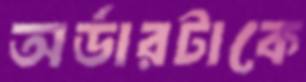
অর্ডারটাকে